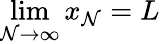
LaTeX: \lim\limits_{\mathcal{N}\rightarrow\infty}x_{\mathcal{N}}=L